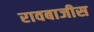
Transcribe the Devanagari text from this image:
रावबाजीस